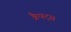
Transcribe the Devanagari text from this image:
क्रैफ्ट्स